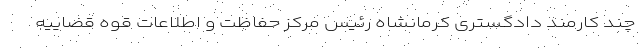
چند کارمند دادگستری کرمانشاه رئیس مرکز حفاظت و اطلاعات قوه قضاییه